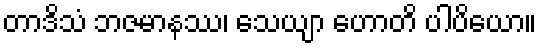
တာဒိသံ ဘဇမာနဿ၊ သေယျာ ဟောတိ ပါပိယော။